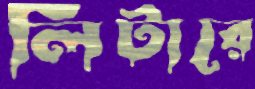
লিটারে